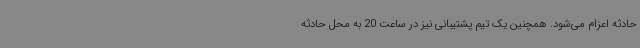
حادثه اعزام می‌شود. همچنین یک تیم پشتیبانی نیز در ساعت 20 به محل حادثه